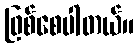
ဖြစ်စေပါတယ်။